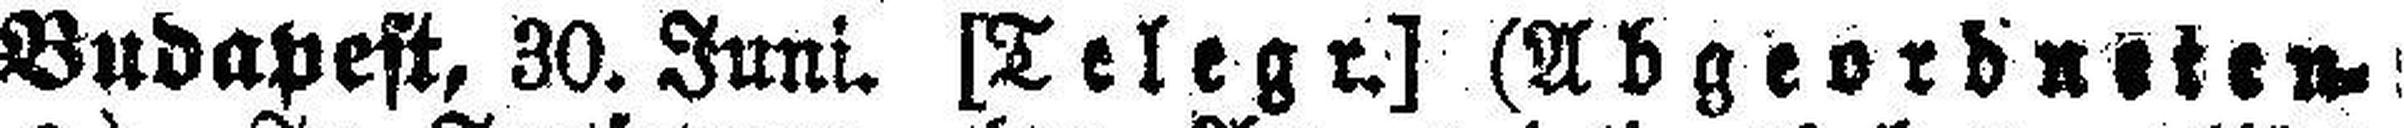
Budapest, 30. Juni. [Telegr.] (Abgeordneten¬